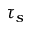
\tau _ { s }